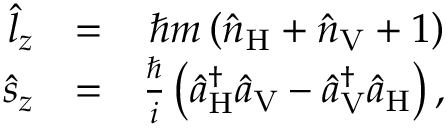
\begin{array} { r l r } { \hat { l } _ { z } } & { = } & { \hbar m \left( \hat { n } _ { \mathrm { H } } + \hat { n } _ { \mathrm { V } } + 1 \right) } \\ { \hat { s } _ { z } } & { = } & { \frac { \hbar } { i } \left( \hat { a } _ { \mathrm { H } } ^ { \dagger } \hat { a } _ { \mathrm { V } } - \hat { a } _ { \mathrm { V } } ^ { \dagger } \hat { a } _ { \mathrm { H } } \right) , } \end{array}